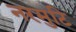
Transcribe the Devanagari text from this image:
नरमुटि